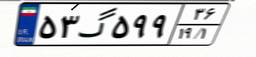
۵۳گ۵۹۹۳۶